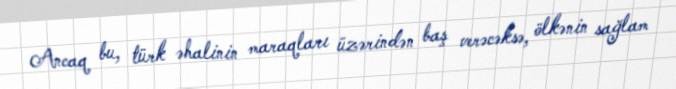
Ancaq bu, türk əhalinin maraqları üzərindən baş verəcəksə, ölkənin sağlam